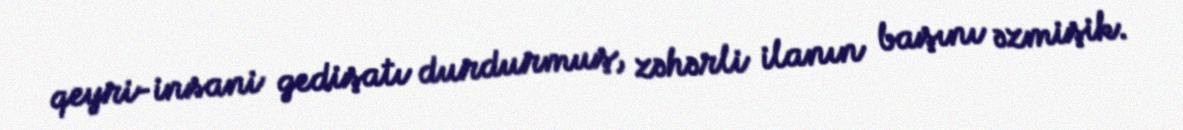
qeyri-insani gedişatı durdurmuş, zəhərli ilanın başını əzmişik.